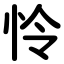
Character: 怜